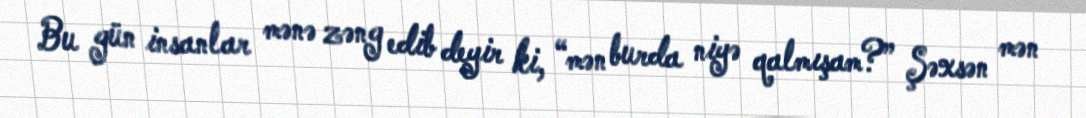
Bu gün insanlar mənə zəng edib deyir ki, “mən burda niyə qalmışam?” Şəxsən mən